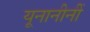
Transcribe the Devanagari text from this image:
यूनानीनीं